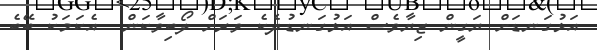
އަޅުގަނޑަށް ޔަގީން ޒިޔާވެސް އަޅުގަނޑުދެކެ ވަރަށް ލޯބިވާކަން  އެކަމަކު ބޭބެ